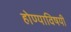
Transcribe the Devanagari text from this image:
होण्याविषयी